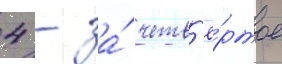
4 - за́ четв'ё́ртое